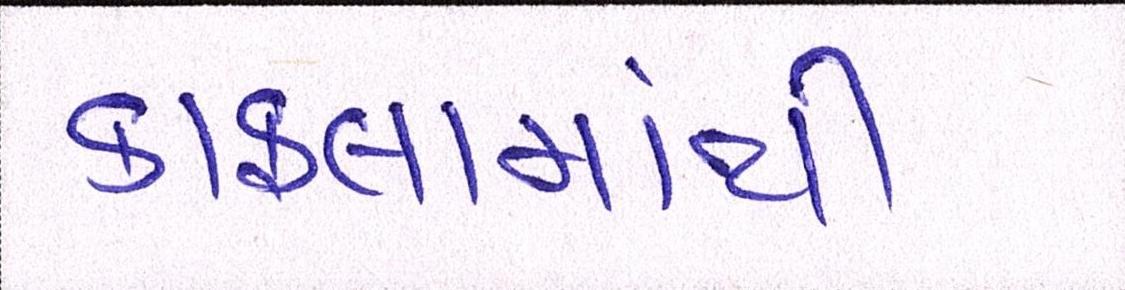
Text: કાફલામાંથી